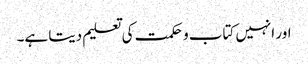
اور انہیں کتاب و حکمت کی تعلیم دیتا ہے۔